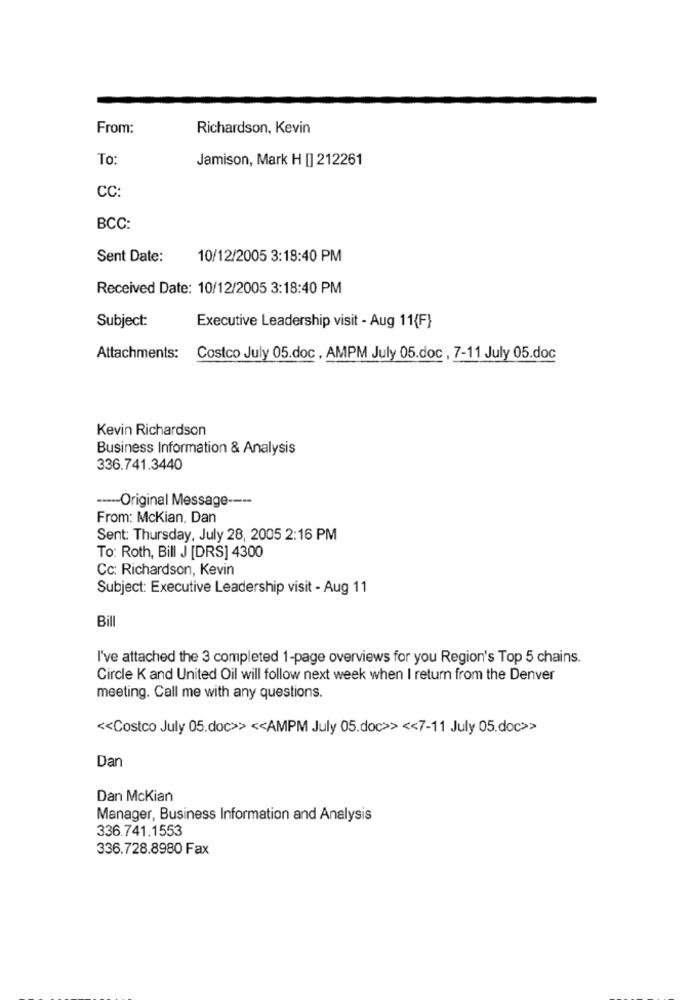
From:
Richardson, Kevin
To:
Jamison, Mark H [] 212261
CC:
BCC:
Sent Date:
10/12/2005 3:18:40 PM
Received Date: 10/12/2005 3:18:40 PM
Subject:
Executive Leadership visit - Aug 11{F}
Attachments:
Costco July 05.doc , AMPM July 05.doc , 7-11 July 05.doc
Kevin Richardson
Business Information & Analysis
336.741.3440
----- Original Message ----
From: Mckian, Dan
Sent: Thursday, July 28, 2005 2:16 PM
To: Roth, Bill J [DRS] 4300
Cc: Richardson, Kevin
Subject: Executive Leadership visit - Aug 11
Bill
I've attached the 3 completed 1-page overviews for you Region's Top 5 chains.
Circle K and United Oil will follow next week when I return from the Denver
meeting. Call me with any questions.
<< Costco July 05.doc>> << AMPM July 05.doc>> << 7-11 July 05.doc>>
Dan
Dan McKian
Manager, Business Information and Analysis
336.741.1553
336.728.8980 Fax